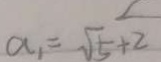
a _ { 1 } = \sqrt { 5 } + 2